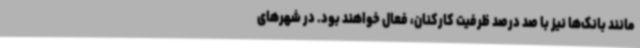
مانند بانک‌ها نیز با صد درصد ظرفیت کارکنان، فعال خواهند بود. در شهرهای